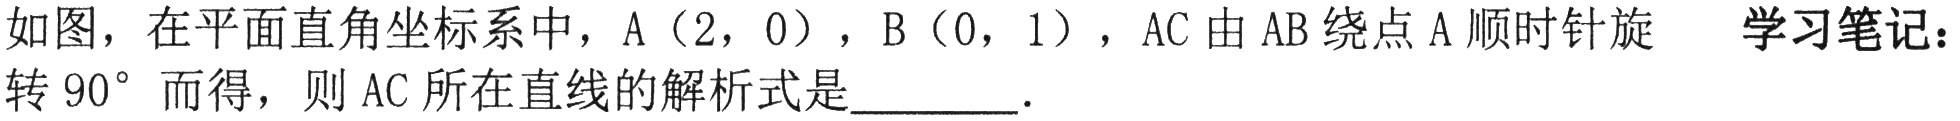
如图，在平面直角坐标系中，A（2，0），B（0，1），AC由AB绕点A顺时针旋转 \(90^{\circ}\) 而得，则AC所在直线的解析式是  ．  学习笔记：